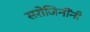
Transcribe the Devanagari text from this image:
सरोजिनींनी